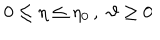
LaTeX: 0 \leq \eta \leq \eta _ { 0 } \, , \, \, \vartheta \geq 0